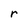
Character: r